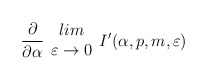
\begin{align*}\frac{\partial }{\partial \alpha }\begin{array}{c}lim\\\varepsilon \rightarrow 0\end{array}I'(\alpha ,p,m,\varepsilon )\end{align*}